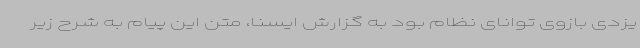
یزدی بازوی توانای نظام بود به گزارش ایسنا، متن این پیام به شرح زیر